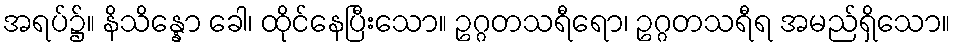
အရပ်၌။ နိသိန္နော ခေါ၊ ထိုင်နေပြီးသော။ ဥဂ္ဂတသရီရော၊ ဥဂ္ဂတသရီရ အမည်ရှိသော။